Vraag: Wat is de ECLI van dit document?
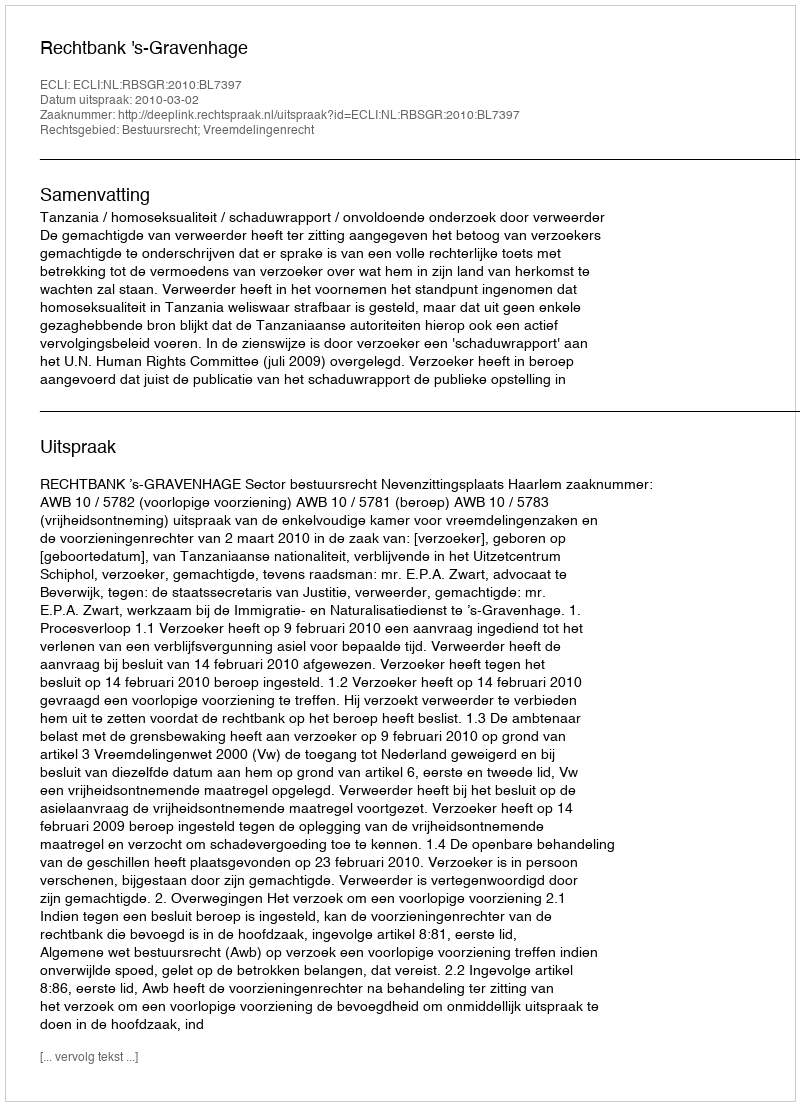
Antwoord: ECLI:NL:RBSGR:2010:BL7397